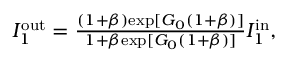
\begin{array} { r } { I _ { 1 } ^ { \mathrm { o u t } } = \frac { ( 1 + \beta ) \mathrm { e x p } [ G _ { 0 } ( 1 + \beta ) ] } { 1 + \beta \mathrm { e x p } [ G _ { 0 } ( 1 + \beta ) ] } I _ { 1 } ^ { \mathrm { i n } } , } \end{array}